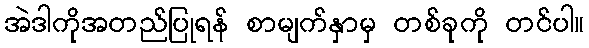
အဲဒါကိုအတည်ပြုရန် စာမျက်နှာမှ တစ်ခုကို တင်ပါ။